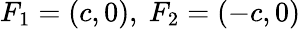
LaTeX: F_{1}=(c,0),\ F_{2}=(-c,0)